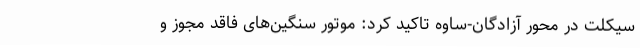
سیکلت در محور آزادگان-ساوه تاکید کرد: موتور سنگین‌های فاقد مجوز و